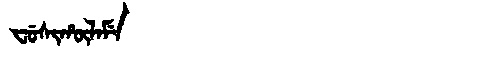
Manchu: ᠸᡠᠰᡳᡥᡡᠯᠠᠮᡝ
Romanization: FUSIHŪLAME